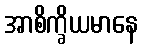
အာစိက္ခိယမာနေ